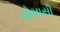
ચોમાસી